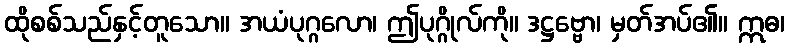
ထိုစစ်သည်နှင့်တူသော။ အယံပုဂ္ဂလော၊ ဤပုဂ္ဂိုလ်ကို။ ဒဋ္ဌဗ္ဗော၊ မှတ်အပ်၏။ ဣဓ၊